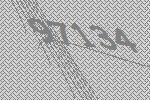
97134